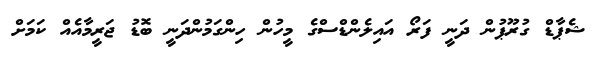
ޝެޕާޑް ގުރޫޕުން ދަނީ ފަރޯ އައިލެންޑްސްގެ މީހުން ހިންގަމުންދަނީ ބޮޑު ޖަރީމާއެއް ކަމަށް